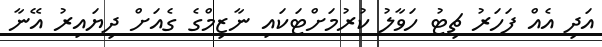
އަދި އެއް ފަހަރު ޗިޓު ހަވާލު ކުރުމަށްޓަކައި ނާޒިމްގެ ގެއަށް ދިޔައިރު އޭނާ